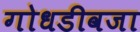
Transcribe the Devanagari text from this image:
गोधडीवजा